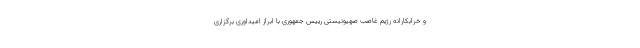
و خرابکارانه رژیم غاصب صهیونیستی رییس جمهوری با ابراز امیداوری برگزاری